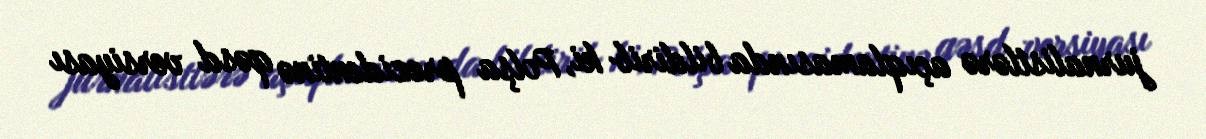
jurnalistlərə açıqlamasında bildirib ki, Polşa prezidentinə qəsd versiyası